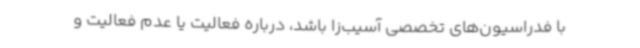
با فدراسیون‌های تخصصی آسیب‌زا باشد، درباره فعالیت یا عدم فعالیت و